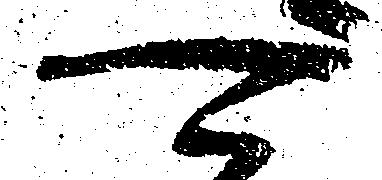
可